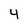
Character: 4